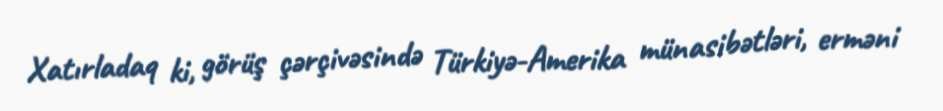
Xatırladaq ki, görüş çərçivəsində Türkiyə-Amerika münasibətləri, erməni